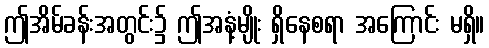
ဤအိမ်ခန်းအတွင်း၌ ဤအနံ့မျိုး ရှိနေစရာ အကြောင်း မရှိ။